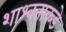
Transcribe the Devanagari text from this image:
शाश्वताकडे